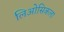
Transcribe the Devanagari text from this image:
लिओसिकला